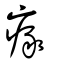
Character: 瘃